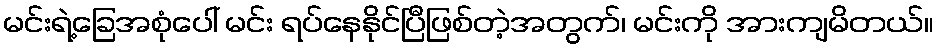
မင်းရဲ့ခြေအစုံပေါ် မင်း ရပ်နေနိုင်ပြီဖြစ်တဲ့အတွက်၊ မင်းကို အားကျမိတယ်။